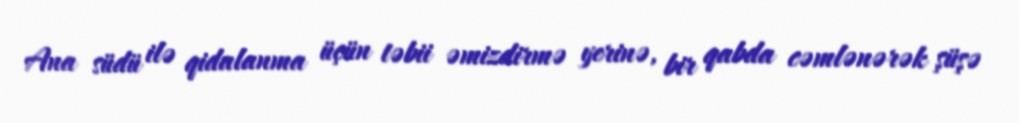
Ana südü ilə qidalanma üçün təbii əmizdirmə yerinə, bir qabda cəmlənərək şüşə